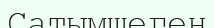
Сатымшеген